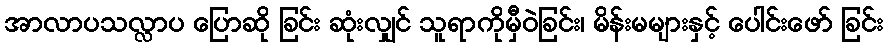
အာလာပသလ္လာပ ပြောဆို ခြင်း ဆုံးလျှင် သူရာကိုမှီဝဲခြင်း၊ မိန်းမများနှင့် ပေါင်းဖော် ခြင်း